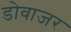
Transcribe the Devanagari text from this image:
डोवाजर